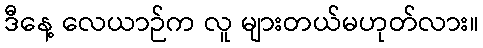
ဒီနေ့ လေယာဉ်က လူ များတယ်မဟုတ်လား။